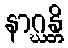
နာဂ္ဃန္တိ